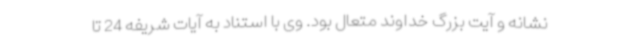
نشانه و آیت بزرگ خداوند متعال بود. وی با استناد به آیات شریفه 24 تا